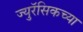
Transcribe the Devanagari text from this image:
ज्युरॅसिकच्या